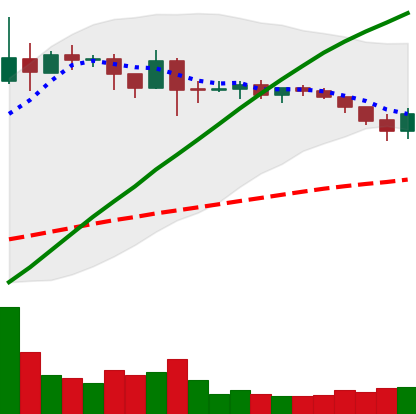
Ticker: ADA-USD
Chart end date: 2019-04-22
Forward return: -10.051%
Label: down_7plus